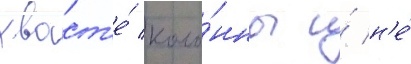
хвост'е́ коло́нны и́ н'е́